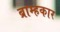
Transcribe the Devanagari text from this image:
ब्राम्हकार